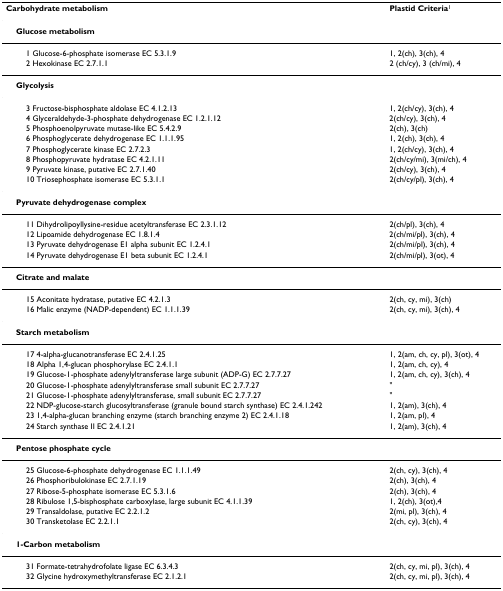
<table><thead><tr><td><b>Carbohydrate metabolism</b></td><td><b>Plastid Criteria<sup>1</sup></b></td></tr></thead><tbody><tr><td> <b>Glucose metabolism</b></td><td></td></tr><tr><td>1 Glucose-6-phosphate isomerase EC 5.3.1.9</td><td>1, 2(ch), 3(ch), 4</td></tr><tr><td>2 Hexokinase EC 2.7.1.1</td><td>2 (ch/cy), 3 (ch/mi), 4</td></tr><tr><td> <b>Glycolysis</b></td><td></td></tr><tr><td>3 Fructose-bisphosphate aldolase EC 4.1.2.13</td><td>1, 2(ch/cy), 3(ch), 4</td></tr><tr><td>4 Glyceraldehyde-3-phosphate dehydrogenase EC 1.2.1.12</td><td>2(ch/cy), 3(ch), 4</td></tr><tr><td>5 Phosphoenolpyruvate mutase-like EC 5.4.2.9</td><td>2(ch), 3(ch)</td></tr><tr><td>6 Phosphoglycerate dehydrogenase EC 1.1.1.95</td><td>1, 2(ch), 3(ch), 4</td></tr><tr><td>7 Phosphoglycerate kinase EC 2.7.2.3</td><td>1, 2(ch/cy), 3(ch), 4</td></tr><tr><td>8 Phosphopyruvate hydratase EC 4.2.1.11</td><td>2(ch/cy/mi), 3(mi/ch), 4</td></tr><tr><td>9 Pyruvate kinase, putative EC 2.7.1.40</td><td>2(ch/cy), 3(ch), 4</td></tr><tr><td>10 Triosephosphate isomerase EC 5.3.1.1</td><td>2(ch/cy/pl), 3(ch), 4</td></tr><tr><td> <b>Pyruvate dehydrogenase complex</b></td><td></td></tr><tr><td>11 Dihydrolipoyllysine-residue acetyltransferase EC 2.3.1.12</td><td>2(ch/pl), 3(ch), 4</td></tr><tr><td>12 Lipoamide dehydrogenase EC 1.8.1.4</td><td>2(ch/mi/pl), 3(ch), 4</td></tr><tr><td>13 Pyruvate dehydrogenase E1 alpha subunit EC 1.2.4.1</td><td>2(ch/mi/pl), 3(ch), 4</td></tr><tr><td>14 Pyruvate dehydrogenase E1 beta subunit EC 1.2.4.1</td><td>2(ch/mi/pl), 3(ot), 4</td></tr><tr><td> <b>Citrate and malate</b></td><td></td></tr><tr><td>15 Aconitate hydratase, putative EC 4.2.1.3</td><td>2(ch, cy, mi), 3(ch)</td></tr><tr><td>16 Malic enzyme (NADP-dependent) EC 1.1.1.39</td><td>2(ch, cy, mi), 3(ch), 4</td></tr><tr><td> <b>Starch metabolism</b></td><td></td></tr><tr><td>17 4-alpha-glucanotransferase EC 2.4.1.25</td><td>1, 2(am, ch, cy, pl), 3(ot), 4</td></tr><tr><td>18 Alpha 1,4-glucan phosphorylase EC 2.4.1.1</td><td>1, 2(am, ch, cy), 4</td></tr><tr><td>19 Glucose-1-phosphate adenylyltransferase large subunit (ADP-G) EC 2.7.7.27</td><td>1, 2(am, ch, cy), 3(ch), 4</td></tr><tr><td>20 Glucose-1-phosphate adenylyltransferase small subunit EC 2.7.7.27</td><td>&quot;</td></tr><tr><td>21 Glucose-1-phosphate adenylyltransferase, small subunit EC 2.7.7.27</td><td>&quot;</td></tr><tr><td>22 NDP-glucose-starch glucosyltransferase (granule bound starch synthase) EC 2.4.1.242</td><td>1, 2(am), 3(ch), 4</td></tr><tr><td>23 1,4-alpha-glucan branching enzyme (starch branching enzyme 2) EC 2.4.1.18</td><td>1, 2(am, pl), 4</td></tr><tr><td>24 Starch synthase II EC 2.4.1.21</td><td>1, 2(am), 3(ch), 4</td></tr><tr><td> <b>Pentose phosphate cycle</b></td><td></td></tr><tr><td>25 Glucose-6-phosphate dehydrogenase EC 1.1.1.49</td><td>2(ch, cy), 3(ch), 4</td></tr><tr><td>26 Phosphoribulokinase EC 2.7.1.19</td><td>2(ch), 3(ch), 4</td></tr><tr><td>27 Ribose-5-phosphate isomerase EC 5.3.1.6</td><td>2(ch), 3(ch), 4</td></tr><tr><td>28 Ribulose 1,5-bisphosphate carboxylase, large subunit EC 4.1.1.39</td><td>1, 2(ch), 3(ot),4</td></tr><tr><td>29 Transaldolase, putative EC 2.2.1.2</td><td>2(mi, pl), 3(ch), 4</td></tr><tr><td>30 Transketolase EC 2.2.1.1</td><td>2(ch, cy), 3(ch), 4</td></tr><tr><td> <b>1-Carbon metabolism</b></td><td></td></tr><tr><td>31 Formate-tetrahydrofolate ligase EC 6.3.4.3</td><td>2(ch, cy, mi, pl), 3(ch), 4</td></tr><tr><td>32 Glycine hydroxymethyltransferase EC 2.1.2.1</td><td>2(ch, cy, mi, pl), 3(ch), 4</td></tr></tbody></table>